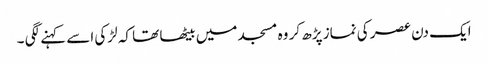
ایک دن عصر کی نماز پڑھ کر وہ مسجد میں بیٹھا تھا کہ لڑکی اسے کہنے لگی ۔